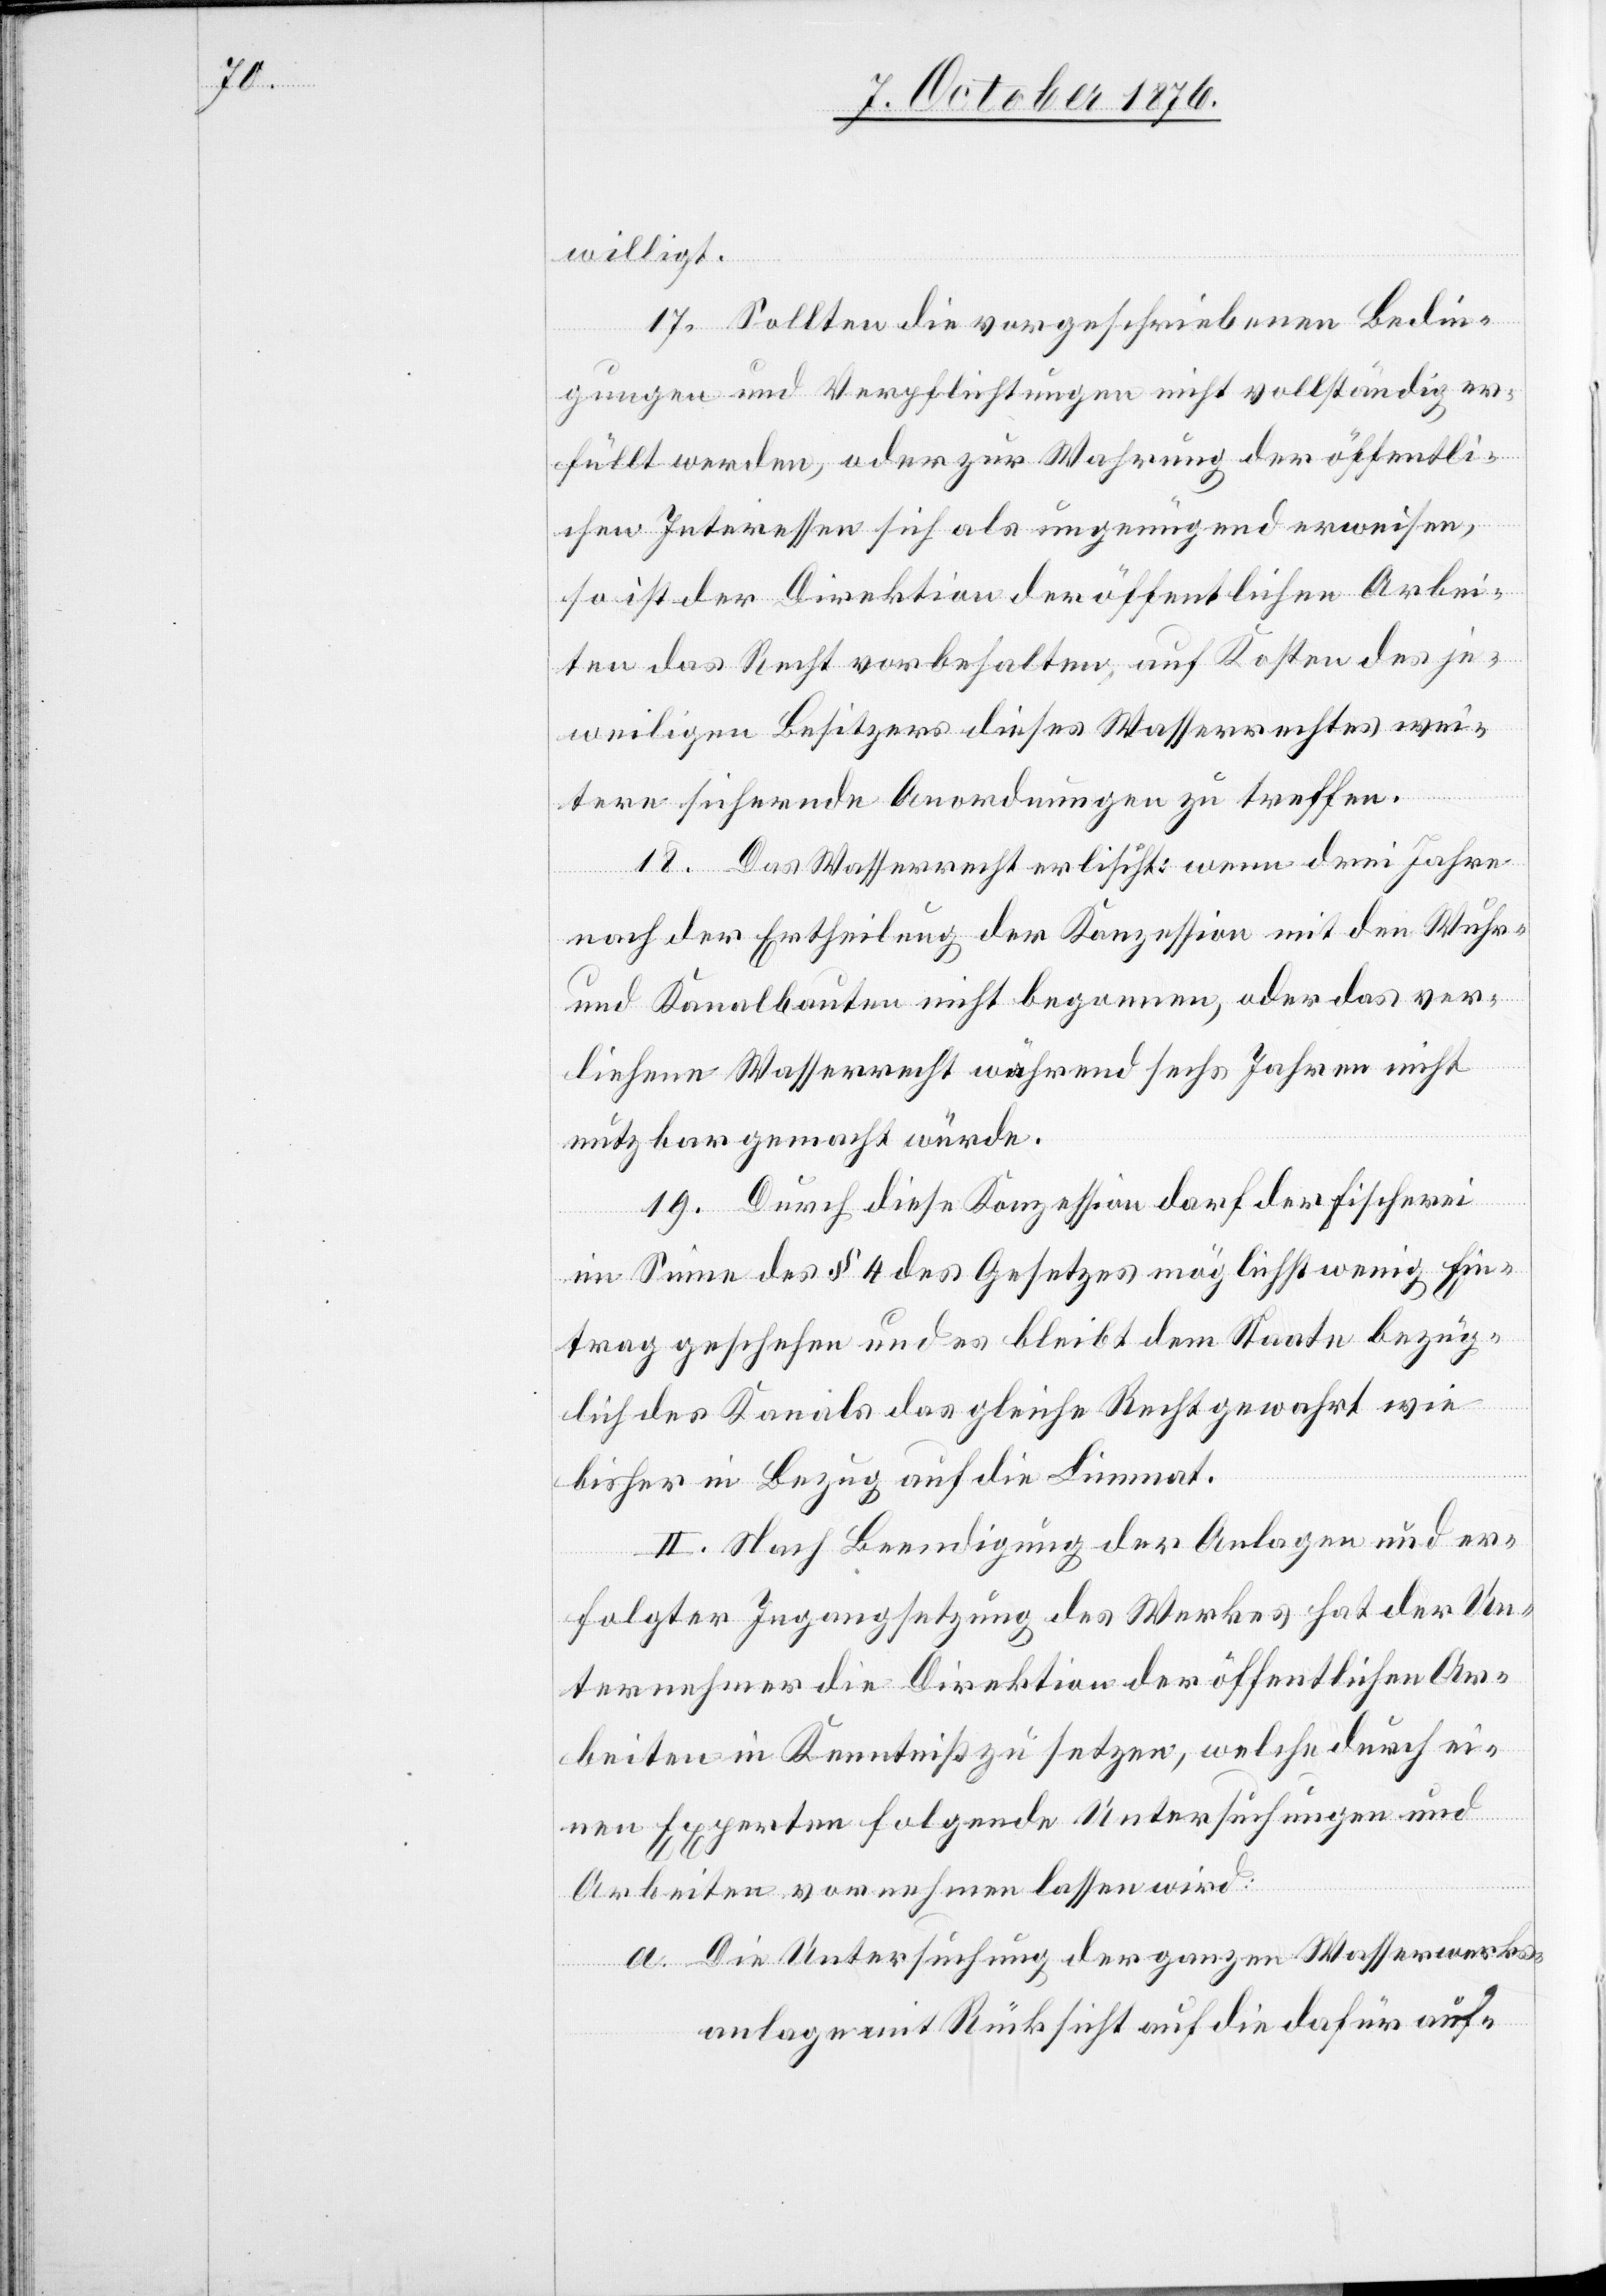
willigt.
17. Sollten die vorgeschriebenen Bedin¬
gungen und Verpflichtungen nicht vollständig er¬
füllt werden, oder zur Wahrung der öffentli¬
chen Interessen sich als ungenügend erweisen,
so ist der Direktion der öffentlichen Arbei¬
ten das Recht vorbehalten, auf Kosten des je¬
weiligen Besitzers dieses Wasserrechtes wei¬
tere sichernde Anordnungen zu treffen.
18. Das Wasserrecht erlischt: wenn drei Jahre
nach der Ertheilung der Konzession mit den Wuhr-
und Kanalbauten nicht begonnen, oder das ver¬
liehene Wasserrecht während sechs Jahren nicht
nutzbar gemacht würde.
19. Durch diese Konzession darf der Fischerei
im Sinne des § 4 des Gesetzes möglichst wenig Ein¬
trag geschehen und es bleibt dem Staate bezüg¬
lich des Kanals das gleiche Recht gewahrt wie
bisher in Bezug auf die Limmat.
II. Nach Beendigung der Anlagen und er¬
folgter Instandsetzung des Werkes hat der Un¬
ternehmer die Direktion der öffentlichen Ar¬
beiten in Kenntniß zu setzen, welche durch ei¬
nen Experten folgende Untersuchungen und
Arbeiten vornehmen lassen wird:
a. Die Untersuchung der ganzen Wasserwerks¬
anlage mit Rücksicht auf die dafür auf-